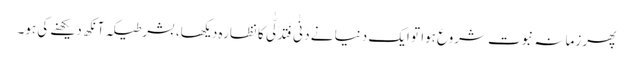
پھر زمانہ نبوت شروع ہوا تو ایک دنیا نے دَنٰی فَتَدَلّٰی کا نظارہ دیکھا، بشرطیکہ آنکھ دیکھنے کی ہو۔